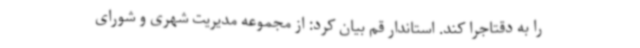
را به دقتاجرا کند. استاندار قم بیان کرد: از مجموعه مدیریت شهری و شورای